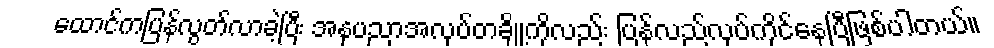
ထောင်ကပြန်လွတ်လာခဲ့ပြီး အနုပညာအလုပ်တချို့ကိုလည်း ပြန်လည်လုပ်ကိုင်နေပြီဖြစ်ပါတယ်။